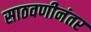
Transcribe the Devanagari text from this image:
साठवणीनंतर